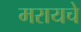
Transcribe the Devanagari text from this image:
मरायचे